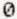
0